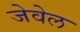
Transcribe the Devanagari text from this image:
जेवेल